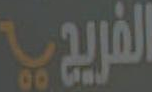
الفريجي